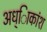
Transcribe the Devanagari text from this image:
अध्ािकांश